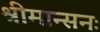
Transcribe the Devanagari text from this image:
श्रीमान्सनः